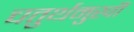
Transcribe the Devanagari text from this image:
चतुर्थमुखी